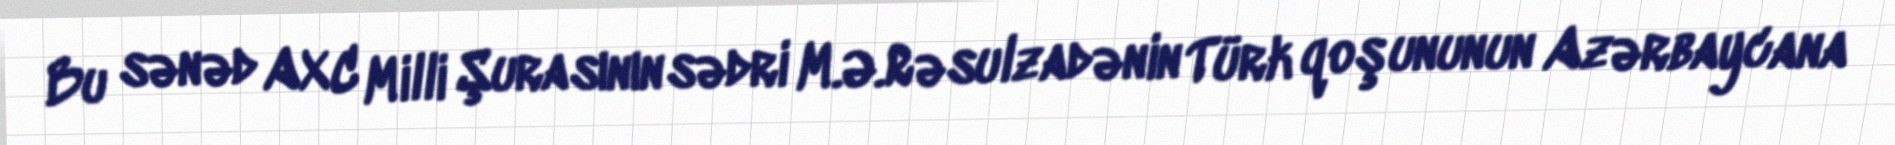
Bu sənəd AXC Milli Şurasının sədri M.Ə.Rəsulzadənin Türk qoşununun Azərbaycana